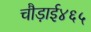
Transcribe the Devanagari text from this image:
चौड़ाई४६५